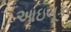
આઇબૂક